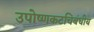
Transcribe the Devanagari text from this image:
उपोष्णकटचिबंधीय